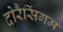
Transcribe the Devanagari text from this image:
दोरैसिंगम